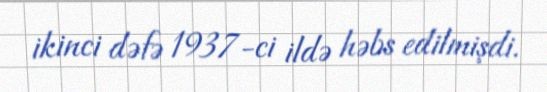
ikinci dəfə 1937-ci ildə həbs edilmişdi.